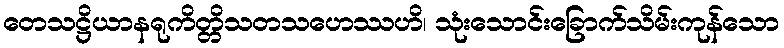
တေသဋ္ဌိယာနရုကိတ္တိသတသဟေဿဟိ၊ သုံးသောင်းခြောက်သိမ်းကုန်သော